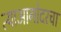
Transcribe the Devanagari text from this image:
त्याआगोदरचा